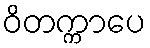
ဝိတက္ကာပေ